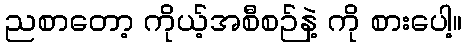
ညစာတော့ ကိုယ့်အစီစဉ်နဲ့ ကို စားပေါ့။